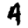
Digit: 4